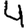
Digit: 4